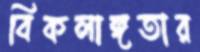
বিকলাঙ্গতার